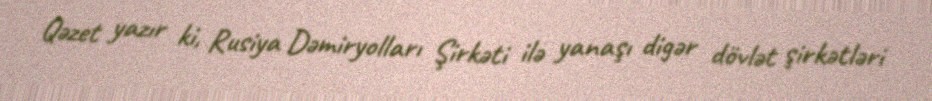
Qəzet yazır ki, Rusiya Dəmiryolları Şirkəti ilə yanaşı digər dövlət şirkətləri